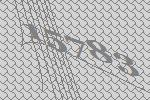
15783